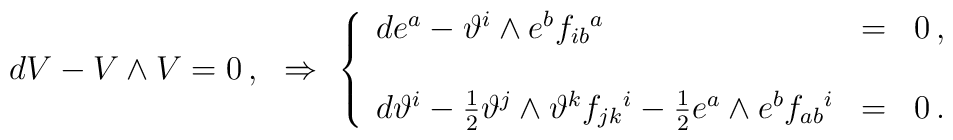
dV- V\wedge V=0\, ,\,\,\,\,\Rightarrow\,\,\left\{  \begin{array}{lcl}de^{a} -\vartheta^{i}\wedge e^{b} f_{ib}{}^{a} & = & 0\, ,\\& & \\d\vartheta^{i} -\frac{1}{2}\vartheta^{j}\wedge \vartheta^{k} f_{jk}{}^{i}-\frac{1}{2}e^{a}\wedge e^{b}  f_{ab}{}^{i} & = & 0\, .\\  \end{array}\right.